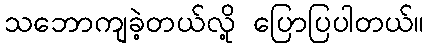
သဘောကျခဲ့တယ်လို့ ပြောပြပါတယ်။